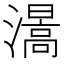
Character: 𤀰